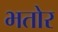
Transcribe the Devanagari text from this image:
भतोर